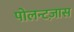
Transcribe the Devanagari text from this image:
पोलन्टज़ास